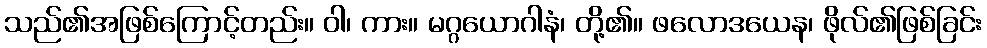
သည်၏အဖြစ်ကြောင့်တည်း။ ဝါ၊ ကား။ မဂ္ဂယောဂါနံ၊ တို့၏။ ဖလောဒယေန၊ ဖိုလ်၏ဖြစ်ခြင်း